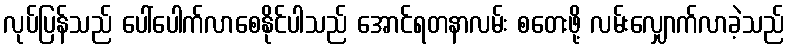
လုပ်ပြန်သည် ပေါ်ပေါက်လာစေနိုင်ပါသည် အောင်ရတနာလမ်း စတေးဖို့ လမ်းလျှောက်လာခဲ့သည်